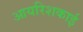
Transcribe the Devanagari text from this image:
आयरिशकाई